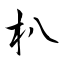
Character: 朳